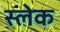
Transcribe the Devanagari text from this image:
स्लेक